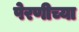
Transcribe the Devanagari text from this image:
पेरणीच्या